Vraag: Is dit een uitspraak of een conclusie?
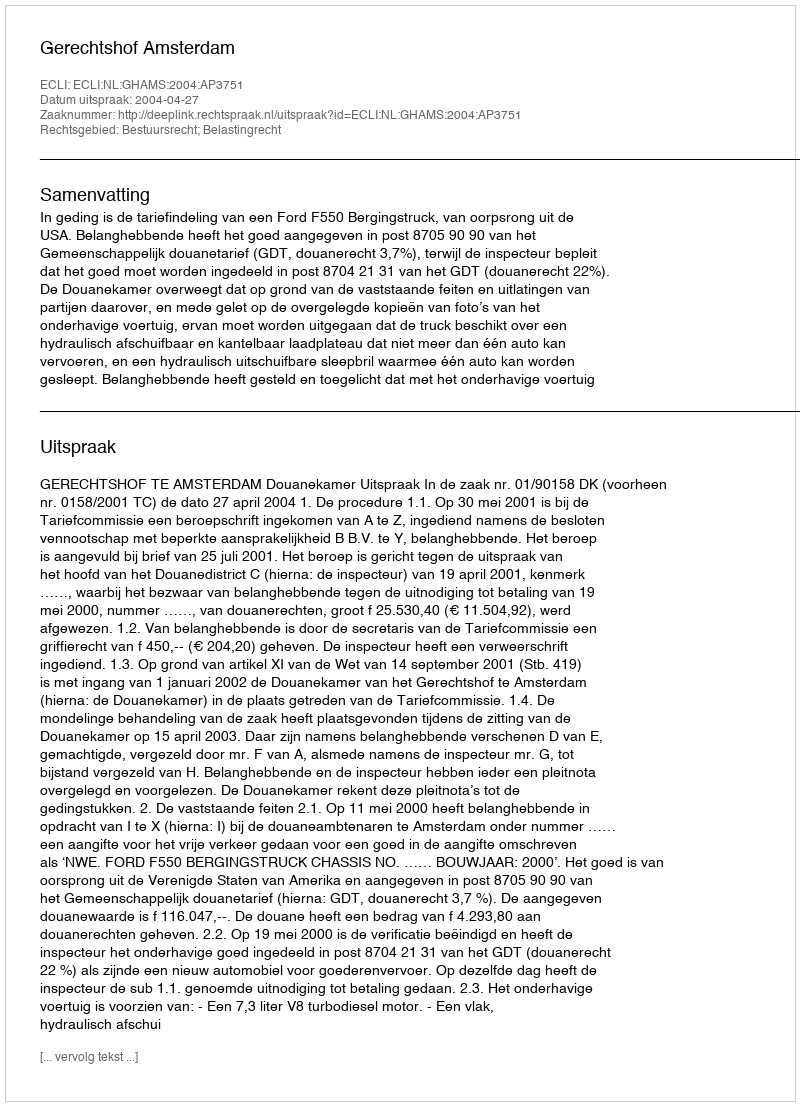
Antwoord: Uitspraak